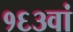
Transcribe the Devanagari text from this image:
१६३वां